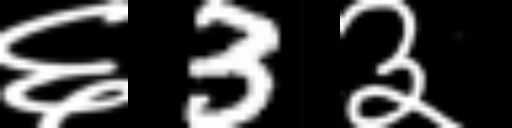
Text: ६3३